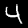
Label: 4